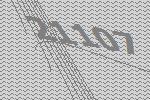
21107